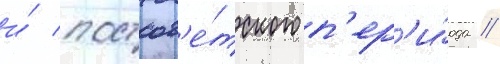
и́ постсов'е́тского п'ер'и́ода //